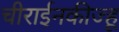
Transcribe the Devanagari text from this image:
चीराईनकीज्हू